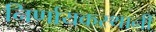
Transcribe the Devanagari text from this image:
निर्णायकस्थानी